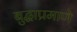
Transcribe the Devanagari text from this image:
बुद्धाप्रमाणे